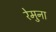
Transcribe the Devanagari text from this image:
रेमुना